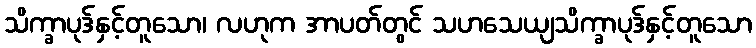
သိက္ခာပုဒ်နှင့်တူသော၊ လဟုက အာပတ်တွင် သဟသေယျသိက္ခာပုဒ်နှင့်တူသော